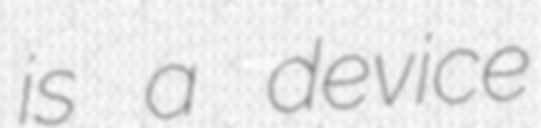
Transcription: is a device